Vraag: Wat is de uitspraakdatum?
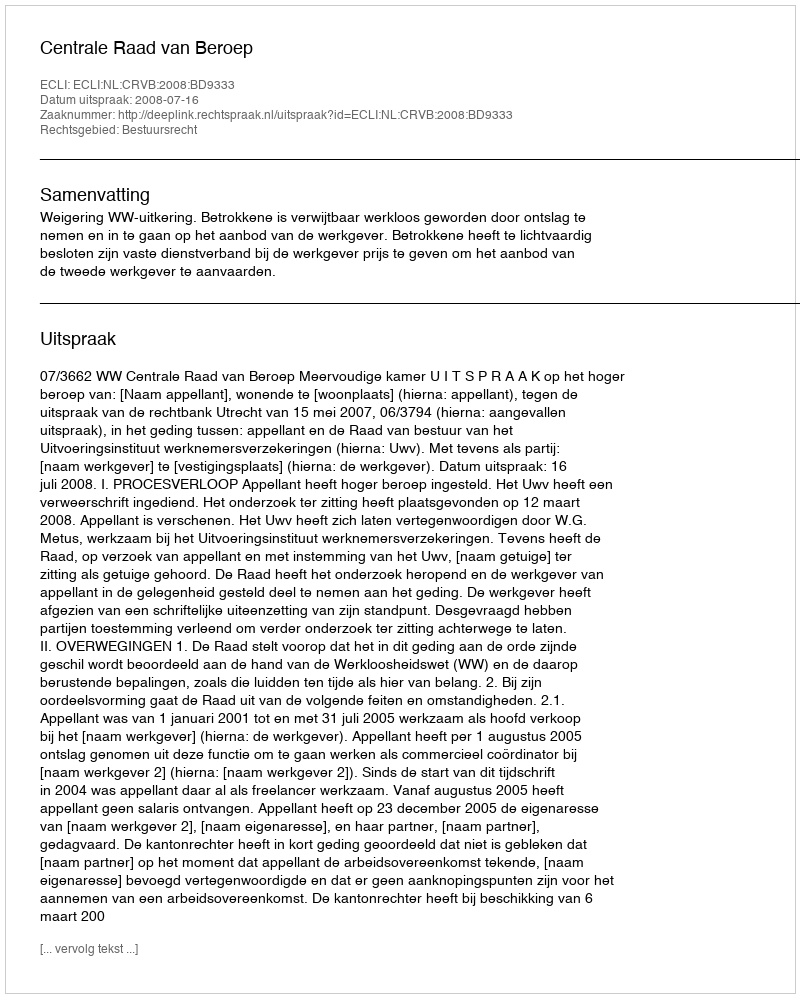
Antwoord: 2008-07-16